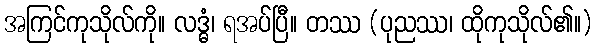
အကြင်ကုသိုလ်ကို။ လဒ္ဓံ၊ ရအပ်ပြီ။ တဿ (ပုညဿ၊ ထိုကုသိုလ်၏။)